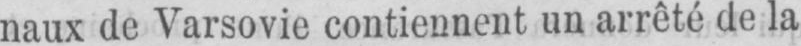
naux de Varsovie contiennent un arrêté de la